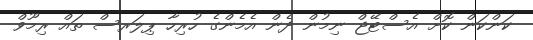
ކަންކަން ކޮށް އެސްޓޭޖް ނިމުން ދެން އެމެންގެ ހުރިހާ ޕިލަރސް ތައް ރިމޫވް